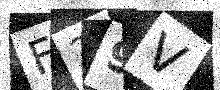
Text: F29V